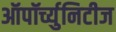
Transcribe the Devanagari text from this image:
ऑपॉर्च्युनिटीज